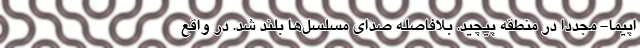
اپیما- مجددا در منطقه پیچید. بلافاصله صدای مسلسل‌ها بلند شد. در واقع